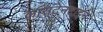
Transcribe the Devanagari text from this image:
कांसटेनटाइन